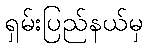
ရှမ်းပြည်နယ်မှ